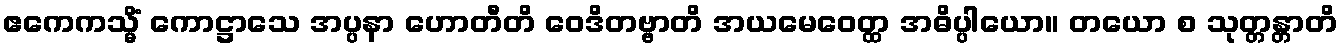
ဧကေကသ္မိံ ကောဋ္ဌာသေ အပ္ပနာ ဟောတီတိ ဝေဒိတဗ္ဗာတိ အယမေဝေတ္ထ အဓိပ္ပါယော။ တယော စ သုတ္တန္တာတိ